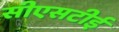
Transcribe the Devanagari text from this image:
सीएसटीई